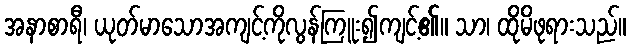
အနာစာရီ၊ ယုတ်မာသောအကျင့်ကိုလွန်ကြူး၍ကျင့်၏။ သာ၊ ထိုမိဖုရားသည်။